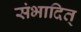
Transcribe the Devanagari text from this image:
संभादित्